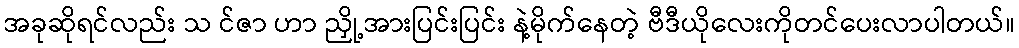
အခုဆိုရင်လည်း သ င်ဇာ ဟာ ညှို့အားပြင်းပြင်း နဲ့မိုက်နေတဲ့ ဗီဒီယိုလေးကိုတင်ပေးလာပါတယ်။